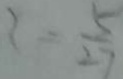
x = \frac { 5 } { 2 7 }